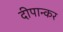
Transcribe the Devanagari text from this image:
दीपान्कर